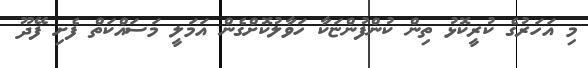
މި އަހަރުގެ ކުރީކޮޅު ތިން ކުންފުންޏަކާ ހަވާލުކޮށްގެން އަމަލީ މަސައްކަތް ފެށި ފޭދޫ